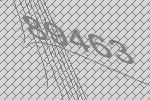
89463